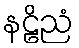
နဠိညံ